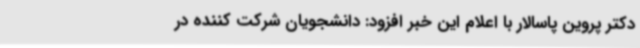
دکتر پروین پاسالار با اعلام این خبر افزود: دانشجویان شرکت کننده در